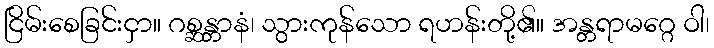
ငြိမ်းစေခြင်းငှာ။ ဂစ္ဆန္တာနံ၊ သွားကုန်သော ရဟန်းတို့၏။ အန္တရာမဂ္ဂေ ဝါ၊